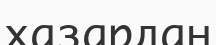
хазардан